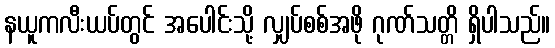
နယူကလီးယပ်တွင် အပေါင်းသို့ လျှပ်စစ်အဖို ဂုဏ်သတ္တိ ရှိပါသည်။